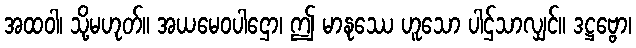
အထဝါ၊ သို့မဟုတ်။ အယမေဝပါဌော၊ ဤ မာနုဿေ ဟူသော ပါဌ်သာလျှင်။ ဒဋ္ဌဗ္ဗော၊